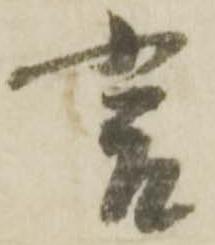
言